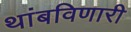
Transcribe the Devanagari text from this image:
थांबविणारी